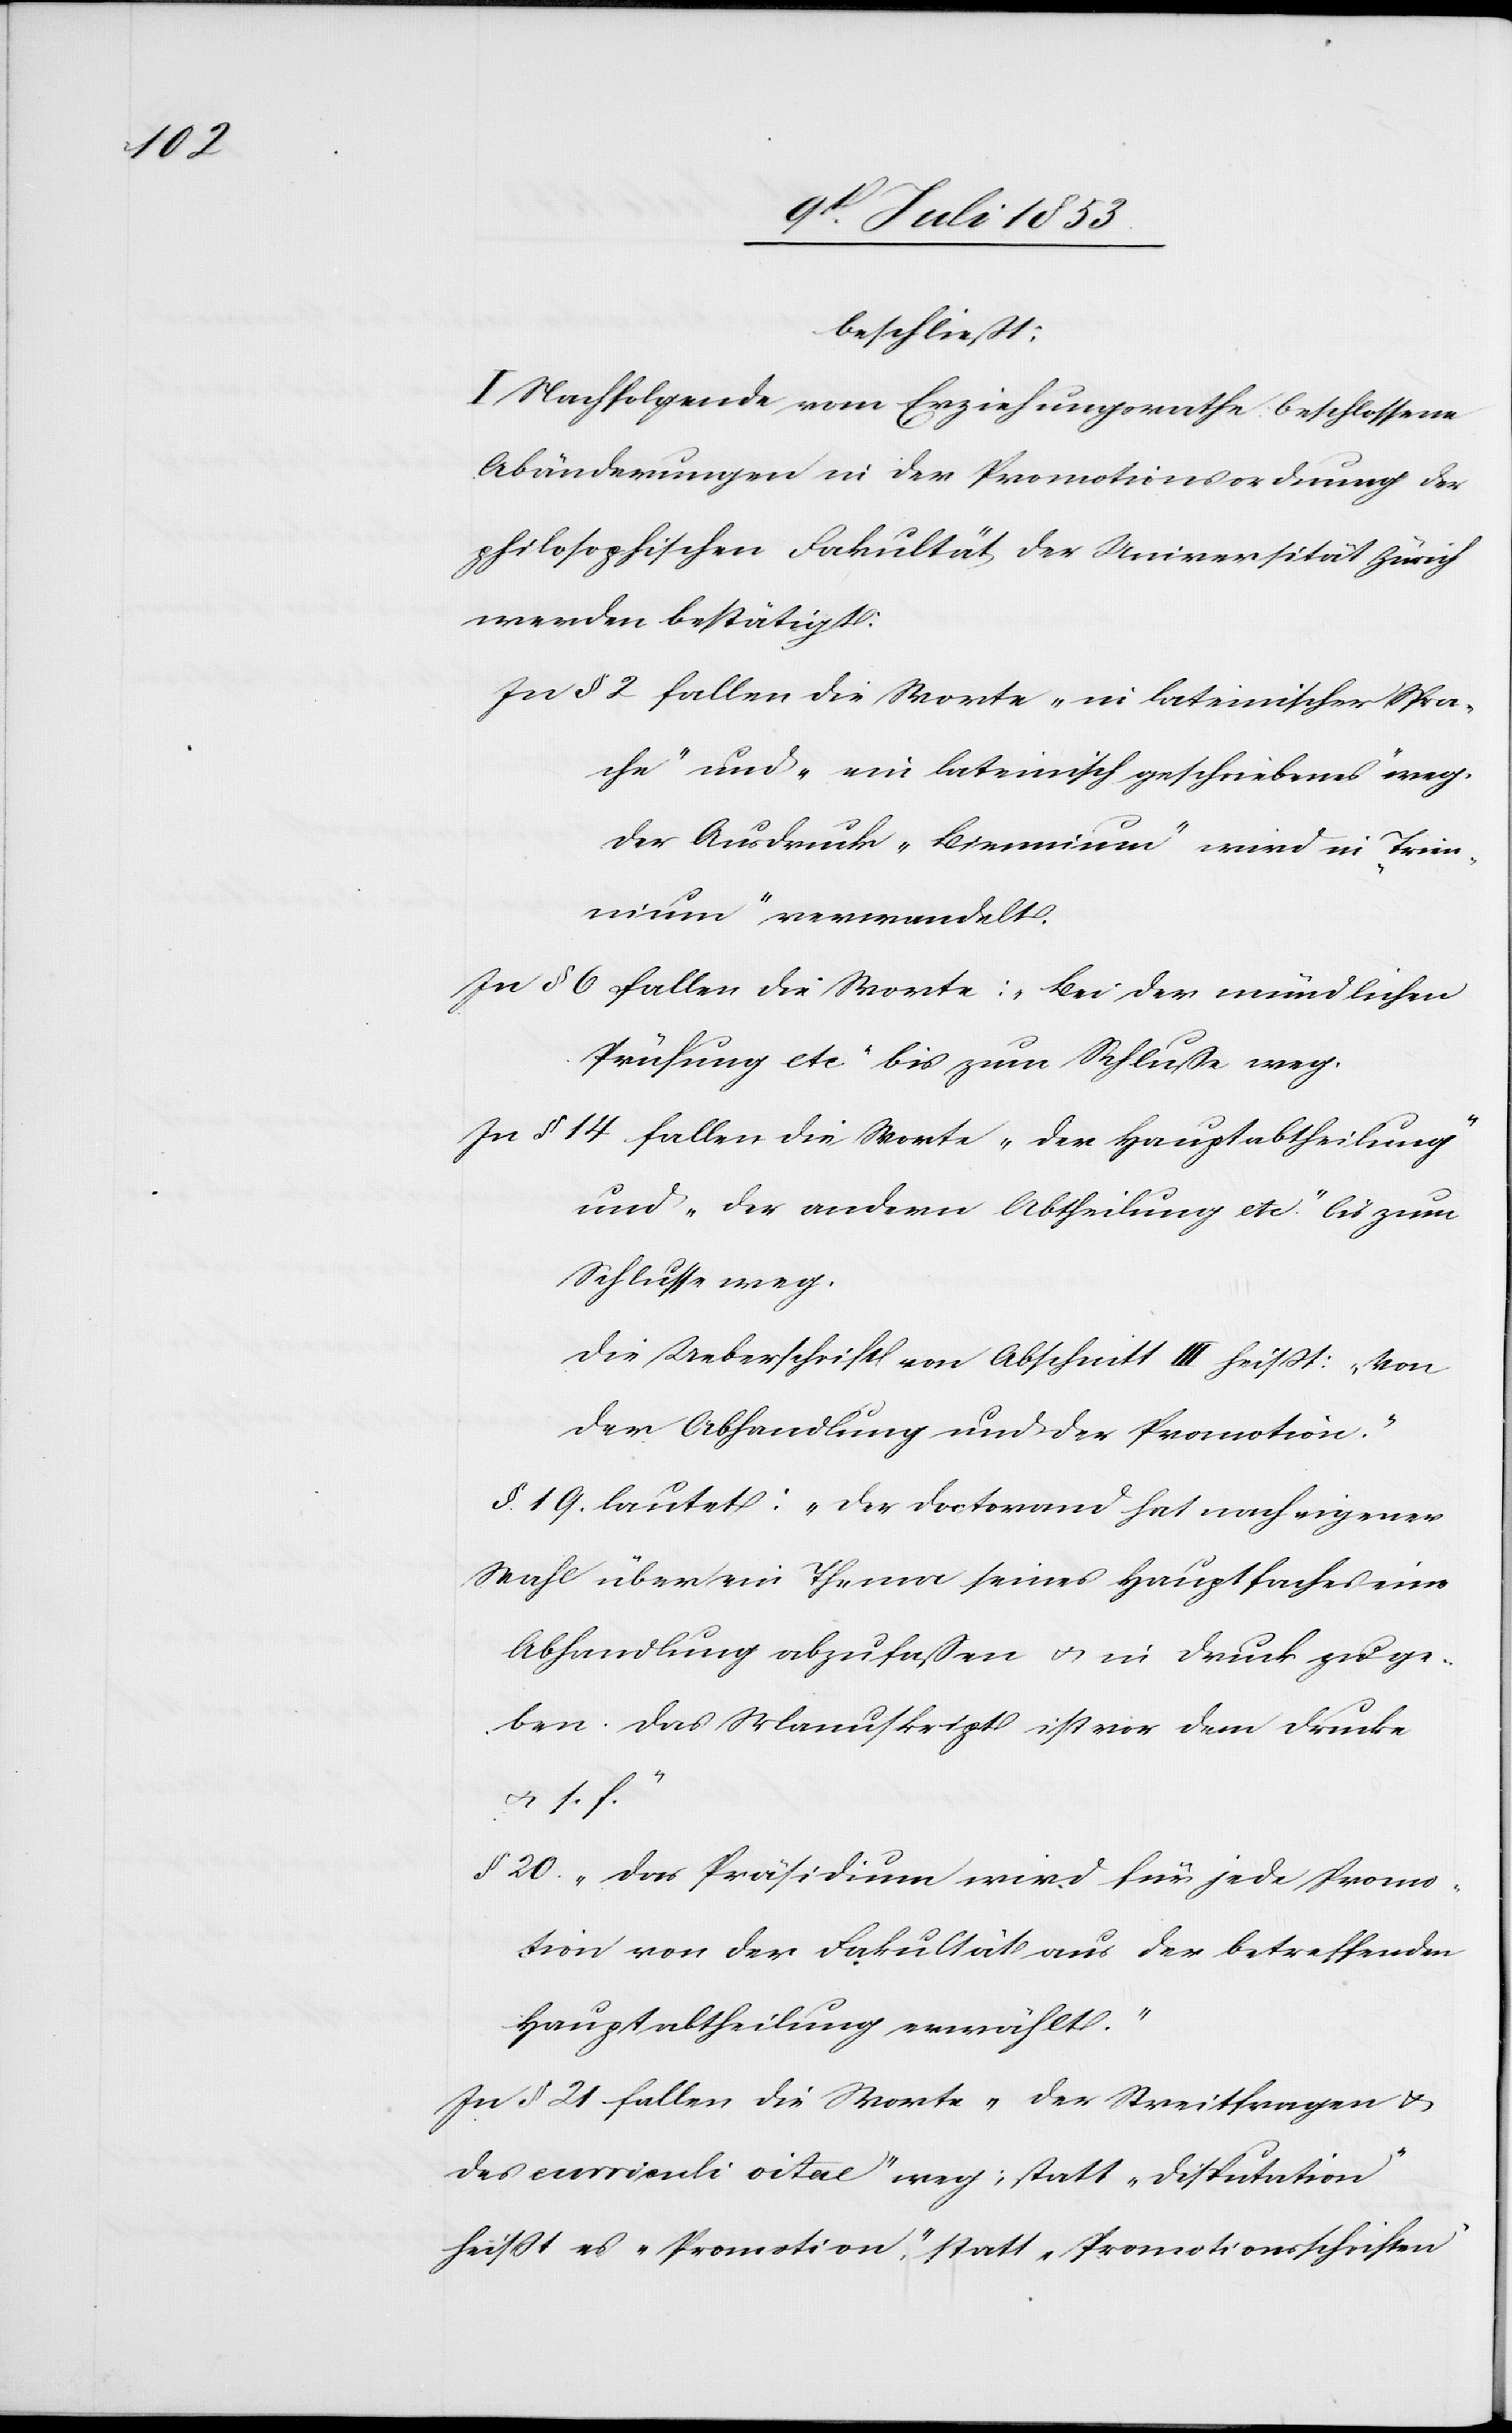
beschließt:
I. Nachfolgende vom Erziehungsrathe beschlossene
Abänderungen in der Promotionsordnung der
philosophischen Fakultät der Universität Zürich
werden bestätigt:
In § 2 fallen die Worte „in lateinischer Spra¬
che“ und „ein lateinisch geschriebenes“ weg.
Der Ausdruck „Binnium“ wird in „Trin¬
nium“ verwandelt.
In § 6 fallen die Worte: „Bei der mündlichen
Prüfung etc.“ bis zum Schluße weg.
In § 14 fallen die Worte: „Der Hauptabtheilung“
und „der andern Abtheilung etc.“ bis zum
Schluße weg.
Die Uebersicht von Abschnitt III heißt: „Von
der Abhandlung und der Promotion.“
§ 19 lautet: „Der Doctorand hat nach eigener
Wahl über ein Thema seines Hauptfaches eine
Abhandlung abzufaßen u. in Druck zu ge¬
ben. Das Manuskript ist vor dem Drucke
u. s. f.“
§ 20. „Das Präsidium wird für jede Promo¬
tion von der Fakultät aus der betreffenden
Hauptabtheilung verwählt.“
In § 21 fallen die Worte „der Streitfragen u.
des curriculi vitae“ weg; statt „Disputation“
heißt es „Promotion“, statt „Promotionsschriften“